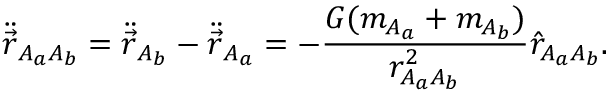
\ddot { \vec { r } } _ { A _ { a } A _ { b } } = \ddot { \vec { r } } _ { A _ { b } } - \ddot { \vec { r } } _ { A _ { a } } = - \frac { G ( m _ { A _ { a } } + m _ { A _ { b } } ) } { r _ { A _ { a } A _ { b } } ^ { 2 } } \hat { r } _ { A _ { a } A _ { b } } .